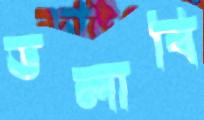
ডলাবি